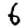
Digit: 6